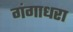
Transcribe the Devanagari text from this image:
गंगाधरा